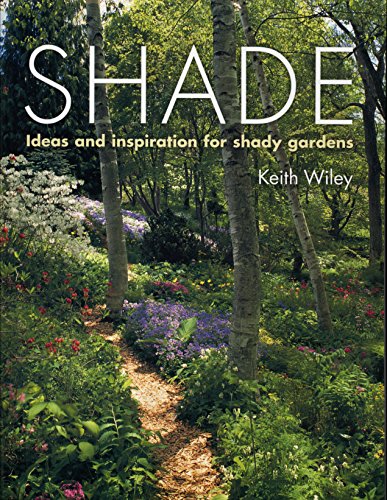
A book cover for Shade: Ideas and Inspiration for Shady Gardens; Keith Wiley; Crafts, Hobbies & Home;